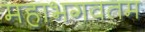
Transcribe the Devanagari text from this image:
महाभगवतम